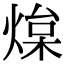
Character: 㷘